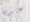
عندما